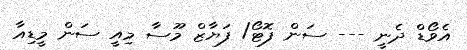
އެވޯޑް ދެނީ --- ސަން ފޮޓޯ/ ފަޔާޒް މޫސާ މިއީ ސަން މީޑިއާ